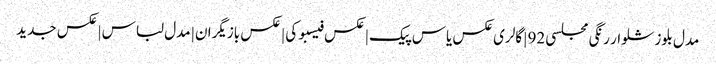
مدل بلوز شلوار رنگی مجلسی 92 | گالری عکس یاس پیک | عکس فیسبوکی | عکس بازیگران | مدل لباس | عکس جدید